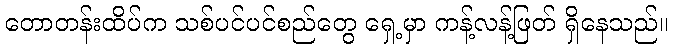
တောတန်းထိပ်က သစ်ပင်ပင်စည်တွေ ရှေ့မှာ ကန့်လန့်ဖြတ် ရှိနေသည်။